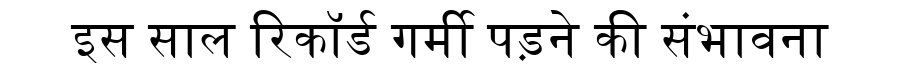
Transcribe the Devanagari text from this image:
इस साल रिकॉर्ड गर्मी पड़ने की संभावना